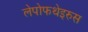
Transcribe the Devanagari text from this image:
लेपोफथेइरुस